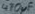
Text: 470µF